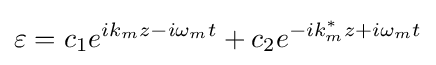
\varepsilon =c_{1}e^{ik_{m}z-i\omega _{m}t}+c_{2}e^{-ik_{m}^{*}z+i\omega _{m}t}